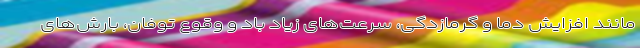
مانند افزایش دما و گرمازدگی، سرعت‌های زیاد باد و وقوع توفان، بارش‌های